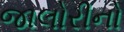
જાલોરીનો